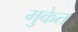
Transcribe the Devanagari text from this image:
मुकेत